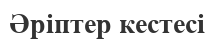
Әріптер кестесі